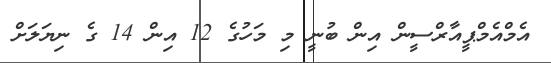
އެމްއެމްޕީއާރްސީން އިން ބުނީ މި މަހުގެ 12 އިން 14 ގެ ނިޔަލަށް